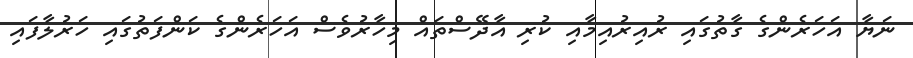
ނަޔާ އަހަރެންގެ ގާތުގައި ރުއިރުއިމާއި ކުރި އާދޭސްތައް މިހާރުވެސް އަހަރެންގެ ކަންފަތުގައި ހަރުލާފައި